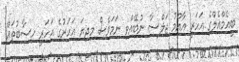
ބީއެމްއެލްގެ އަހަރީ އާއްމު ޖަލްސާ ނުބޭއްވި ނަމަވެސް މިދިޔަ އަހަރުގެ އަހަރީ ހިސާބުތައް